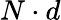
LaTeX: N\cdot d